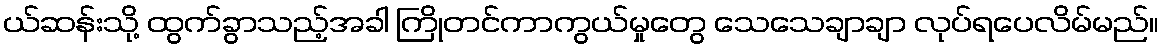
ယ်ဆန်းသို့ ထွက်ခွာသည့်အခါ ကြိုတင်ကာကွယ်မှုတွေ သေသေချာချာ လုပ်ရပေလိမ်မည်။